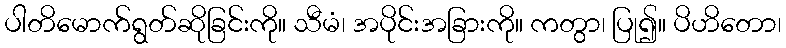
ပါတိမောက်ရွတ်ဆိုခြင်းကို။ သီမံ၊ အပိုင်းအခြားကို။ ကတွာ၊ ပြု၍။ ပိဟိတော၊